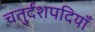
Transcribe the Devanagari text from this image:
चतुर्दशपदियाँ